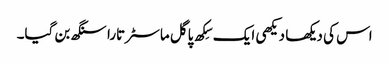
اس کی دیکھا دیکھی ایک سِکھ پاگل ماسٹر تارا سنگھ بن گیا۔